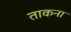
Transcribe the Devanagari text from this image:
ताकना